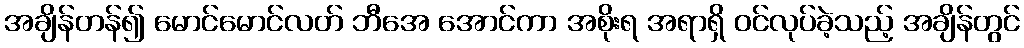
အချိန်တန်၍ မောင်မောင်လတ် ဘီအေ အောင်ကာ အစိုးရ အရာရှိ ဝင်လုပ်ခဲ့သည့် အချိန်တွင်